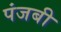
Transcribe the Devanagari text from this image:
पंजबी